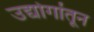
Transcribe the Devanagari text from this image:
उद्योगांतून